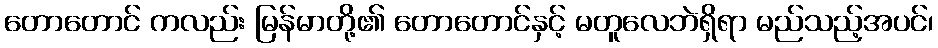
တောတောင် ကလည်း မြန်မာတို့၏ တောတောင်နှင့် မတူလေဘဲရှိရာ မည်သည့်အပင်၊